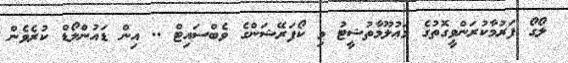
ލޯގޯ ފަރުމާކުރަންވީގޮތުގެ މަަޢުލޫމާތުޝީޓު މި ކޯފަރޭޝަންގެ ވެބްސައިޓް .. އިން ޑައުންލޯޑް ކުރެވެން